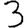
Digit: 3